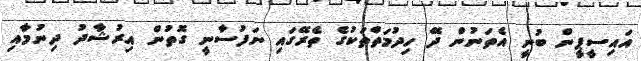
އައިސީޕީން ބުނީ އެތަނުން ދޭ ހިދުމަތްތަކުގެ ތެރޭގައި ނަފުސާނީ ގޮތުން އިރުޝާދު ދިނުމާއި